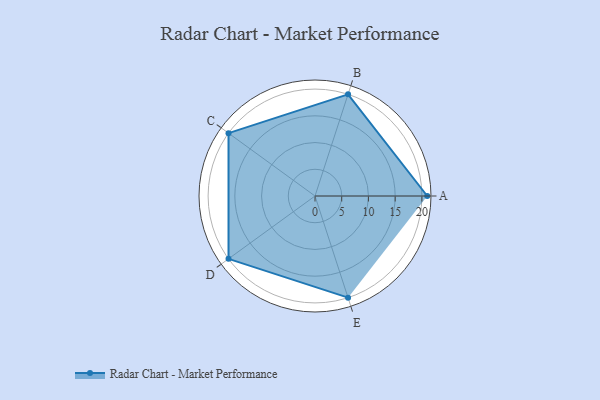
{"axis": {"x": "Skill", "y": "Score"}, "legend": ["Profile"], "data": [{"x": "A", "y": 21.0, "type": "Profile"}, {"x": "B", "y": 20, "type": "Profile"}, {"x": "C", "y": 20, "type": "Profile"}, {"x": "D", "y": 20, "type": "Profile"}, {"x": "E", "y": 20, "type": "Profile"}]}